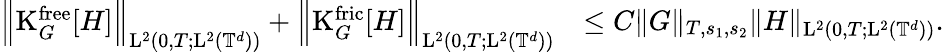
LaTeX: \begin{array}{rl}{\Big\Vert\mathrm{K}_{G}^{\mathrm{free}}[H]\Big\Vert_{\mathrm{L}^{2}(0,T;\mathrm{L}^{2}(\mathbb T^{d}))}+\Big\Vert\mathrm{K}_{G}^{\mathrm{fric}}[H]\Big\Vert_{\mathrm{L}^{2}(0,T;\mathrm{L}^{2}(\mathbb T^{d}))}}&{\leq C\Vert G\Vert_{T,s_{1},s_{2}}\Vert H\Vert_{\mathrm{L}^{2}(0,T;\mathrm{L}^{2}(\mathbb T^{d}))}.}\end{array}